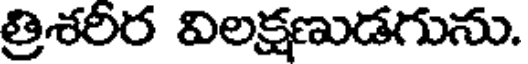
త్రిశరిర విలక్షణుడగును.